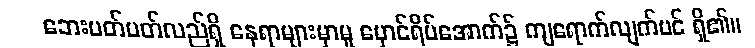
ဘေးပတ်ပတ်လည်ရှိ နေရာများမှာမူ မှောင်ရိပ်အောက်၌ ကျရောက်လျက်ပင် ရှိ၏။